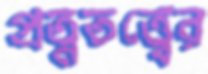
প্রত্নতত্ত্বের